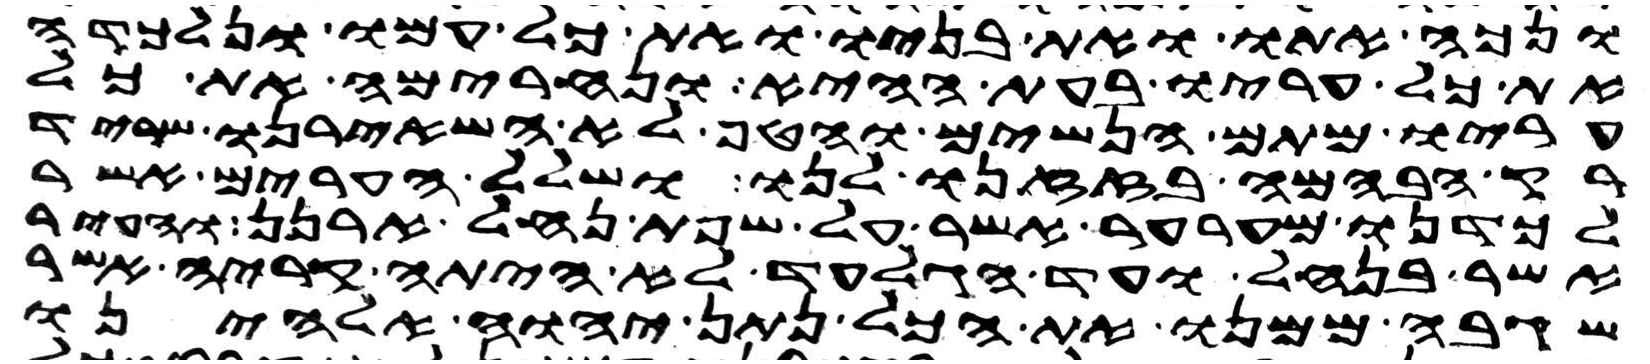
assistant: ונכה אתו ואת בניו ואת כל עמו ונלכדה
את כל עריו בעת ההיא ונחרימה את כל
עריו מתם הנשים והטף לא השאירנו שריד
רק הבהמה בזזנו לנו ושלל הערים אשר
לכדנו מערער אשר על שפת נחל ארנן והעיר
אשר בנחל ועד הגלעד לא היתה קריה אשר
שגבה ממנו את הכל נתן יהוה אלהינו